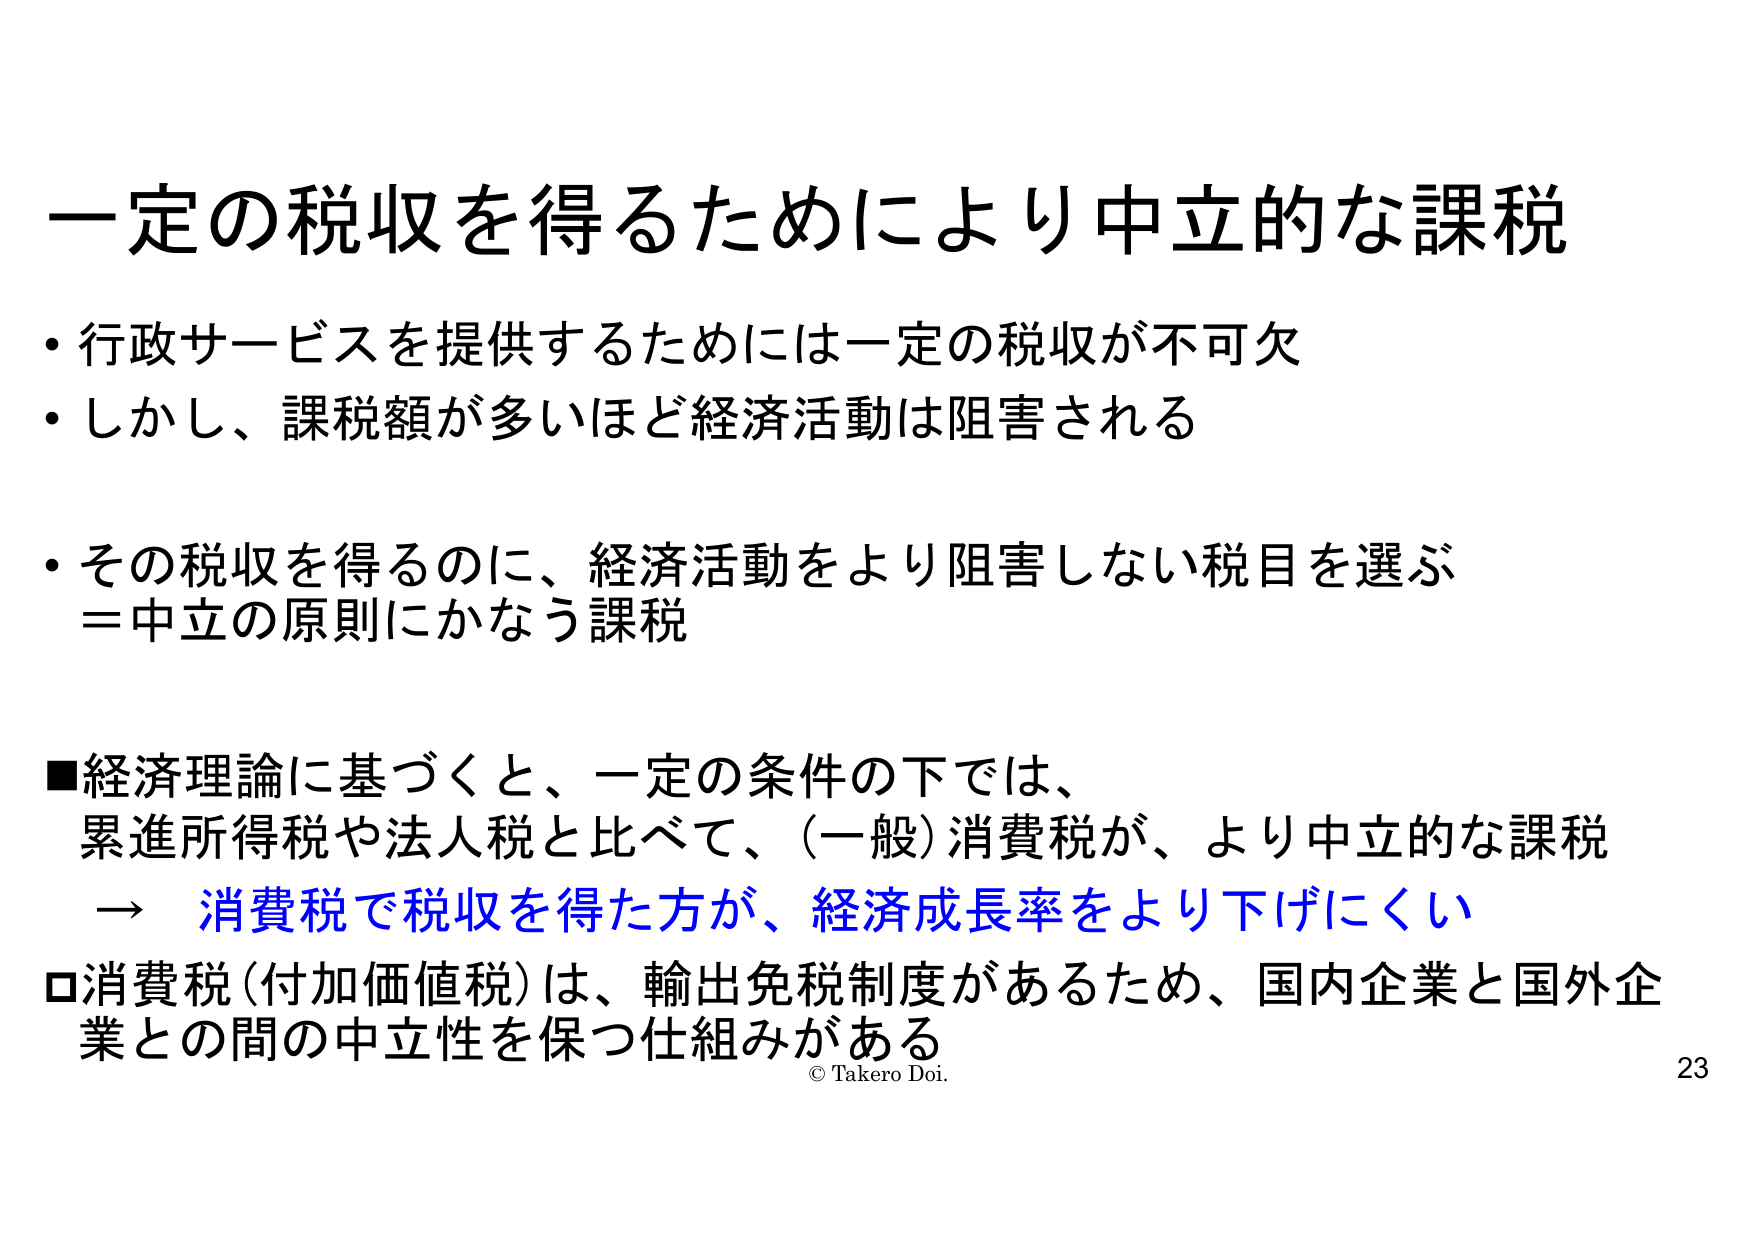
一定の税収を得るためにより中立的な課税

・行政サービスを提供するためには一定の税収が不可欠
・しかし、課税額が多いほど経済活動は阻害される

・その税収を得るのに、経済活動をより阻害しない税目を選ぶ
＝中立の原則にかなう課税

■経済理論に基づくと、一定の条件の下では、
累進所得税や法人税と比べて、(一般)消費税が、より中立的な課税
→ 消費税で税収を得た方が、経済成長率をより下げにくい

□消費税(付加価値税)は、輸出免税制度があるため、国内企業と国外企業との間の中立性を保つ仕組みがある

© Takero Doi.
23